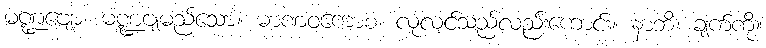
မဏ္ဍဗျော၊ မဏ္ဍဗျမည်သော။ မာဏဝကောစ၊ လုလင်သည်လည်းကောင်း။ နာဘိ၊ ချက်ကို။